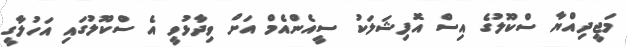
މަޖީދިއްޔާ ސްކޫލުގެ އިސް އޮފިޝަލަކު ސީއެންއެމް އަށް ވިދާޅުވީ އެ ސްކޫލުގައި އަހުލާގީ